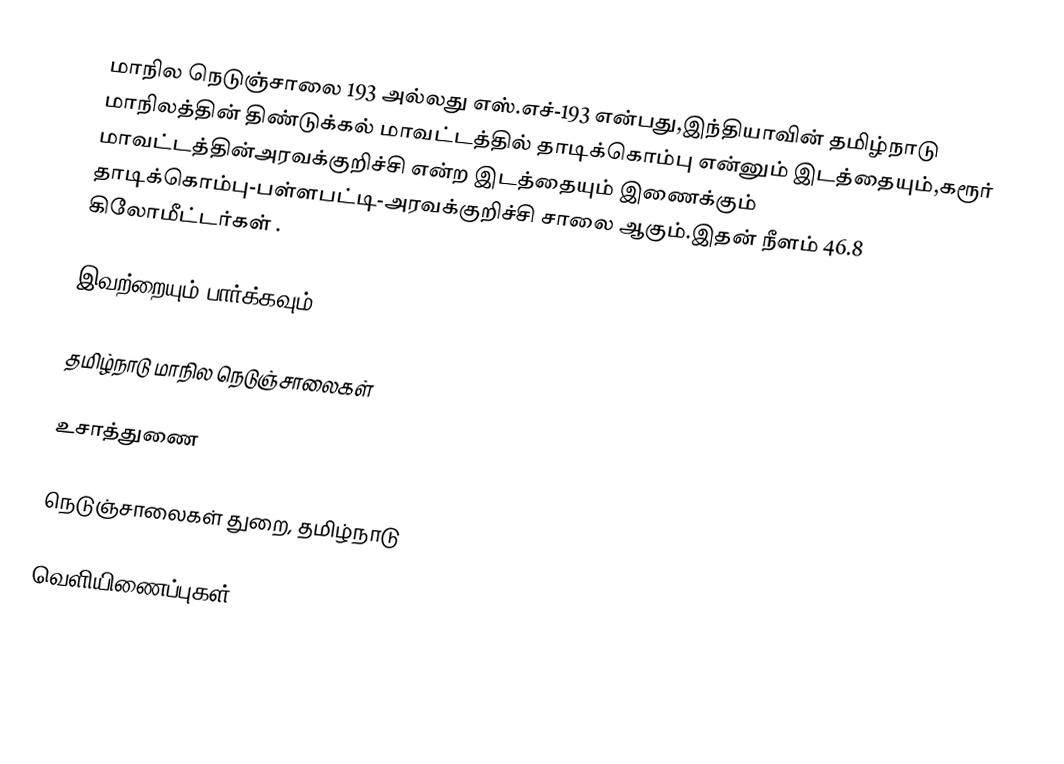
மாநில நெடுஞ்சாலை 193 அல்லது எஸ்.எச்-193  என்பது,இந்தியாவின் தமிழ்நாடு மாநிலத்தின்  திண்டுக்கல் மாவட்டத்தில்  தாடிக்கொம்பு  என்னும் இடத்தையும்,கரூர் மாவட்டத்தின்அரவக்குறிச்சி  என்ற இடத்தையும் இணைக்கும் தாடிக்கொம்பு-பள்ளபட்டி-அரவக்குறிச்சி சாலை ஆகும்.இதன் நீளம் 46.8  கிலோமீட்டர்கள் .

இவற்றையும் பார்க்கவும்

 தமிழ்நாடு மாநில நெடுஞ்சாலைகள்

உசாத்துணை

 நெடுஞ்சாலைகள் துறை, தமிழ்நாடு

வெளியிணைப்புகள்